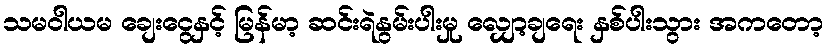
သမဝါယမ ချေးငွေနှင့် မြန်မာ့ ဆင်းရဲနွမ်းပါးမှု လျှော့ချရေး နှစ်ပါးသွား အကတော့